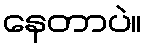
နေတာပဲ။